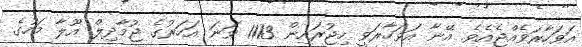
އަވަހާރަވެއްޖެއެވެ. އޭނާ އަވަހާރަވީ ހިޖުރައިން 1113 ވަނަ އަހަރުގެ ޖުމާދިލް އޫލާ މަހުގެ